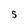
Character: 5